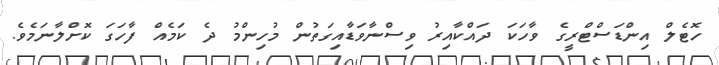
ހޮޓެލް އިންޑަސްޓްރީގެ ވާހަކަ ދައްކާއިރު ވިސްނާވަޑާއިގަތުން މުހިންމު ދެ ކަމެއް ފާހަގަ ކޮށްލާނަމެވެ.